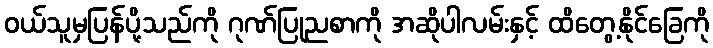
ဝယ်သူမှပြန်ပို့သည်ကို ဂုဏ်ပြုညစာကို အဆိုပါလမ်းနှင့် ထိတွေ့နိုင်ခြေကို